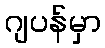
ဂျပန်မှာ